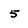
Character: 5